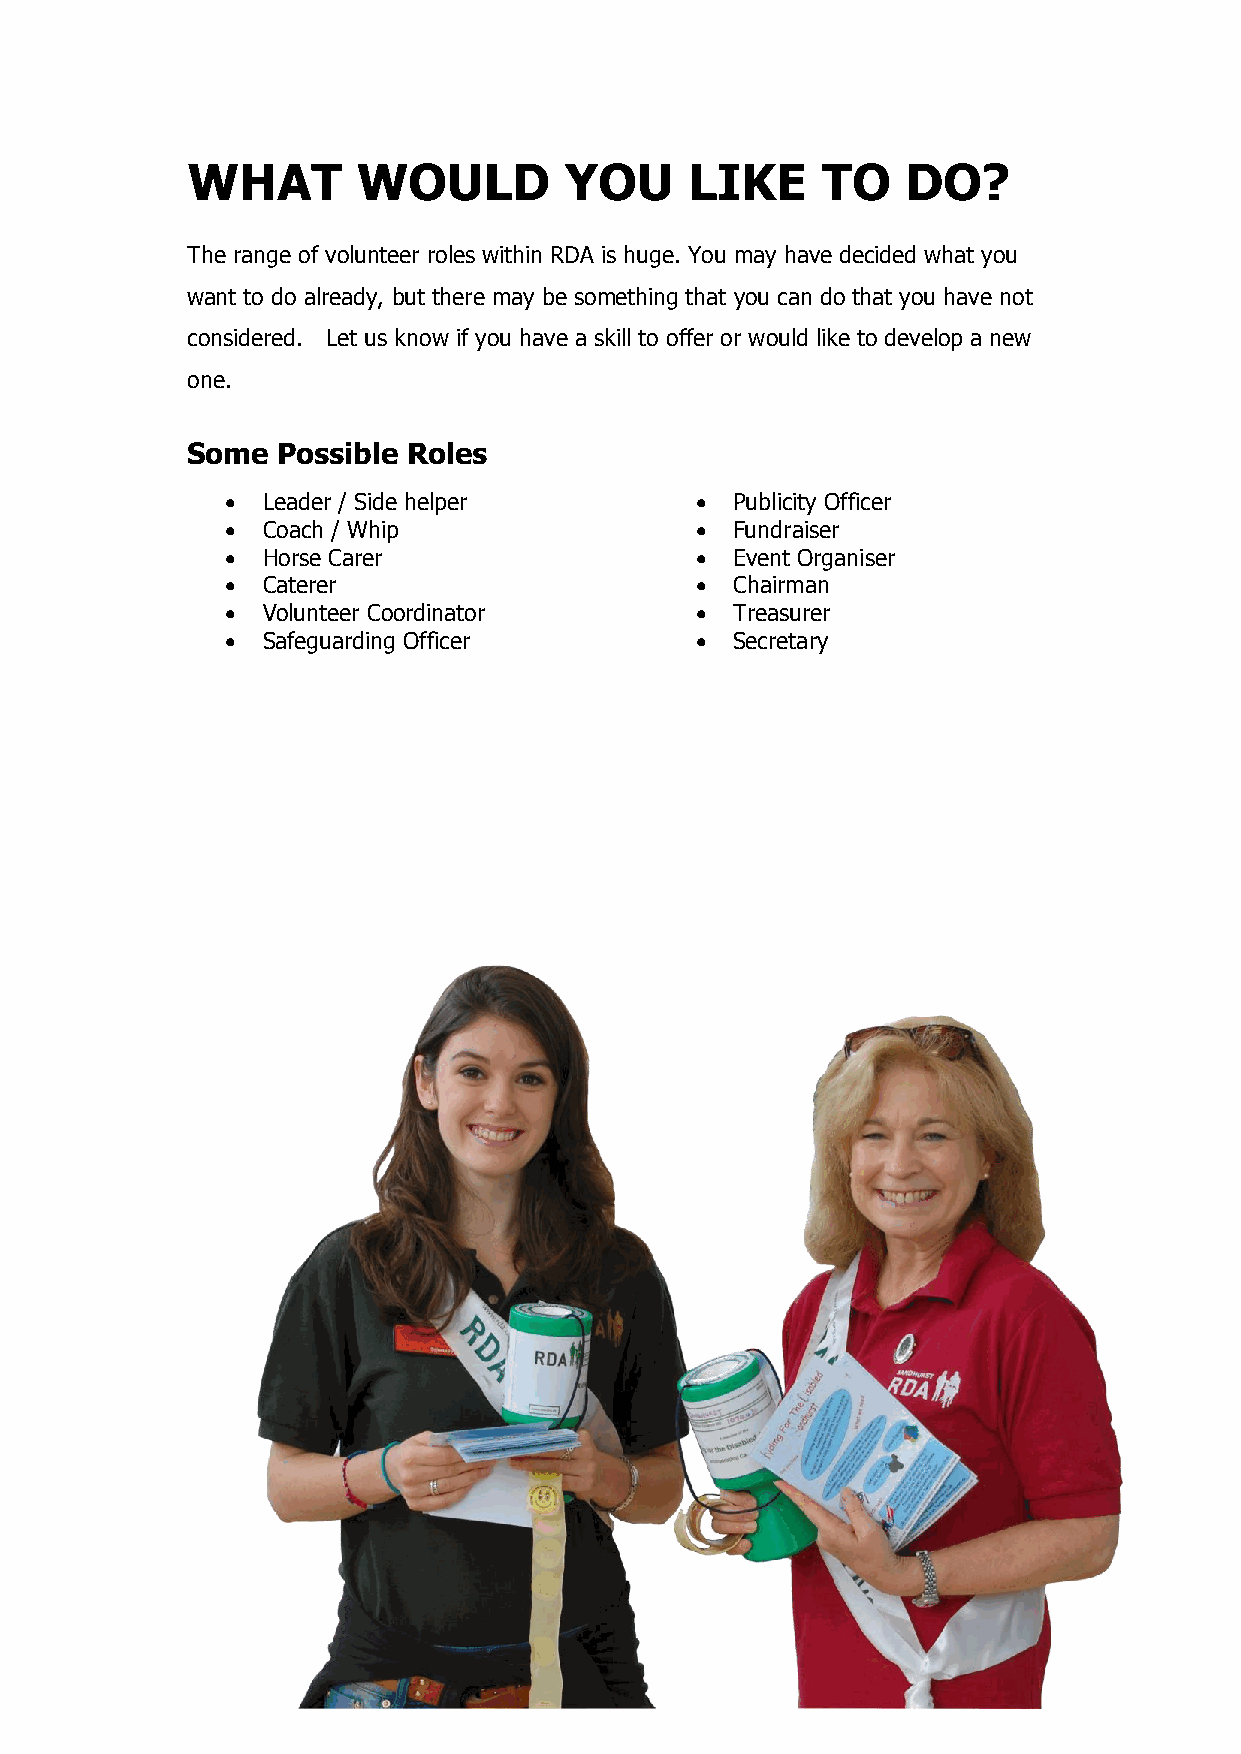
WHAT        WOULD        YOU      LIKE    TO    DO?
 The range of volunteer roles within RDA is huge. You may have decided what you
 want to do already, but there may be something that you can do that you have not
 considered. Let us know if you have a skill to offer or would like to develop a new
 one.
 Some  Possible Roles
  Leader / Side helper           Publicity Officer
  Coach / Whip                   Fundraiser
  Horse Carer                    Event Organiser
  Caterer                        Chairman
  Volunteer Coordinator          Treasurer
  Safeguarding Officer           Secretary